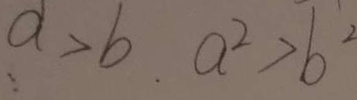
a > b . a ^ { 2 } > b ^ { 2 }